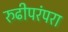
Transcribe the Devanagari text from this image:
रुढीपरंपरा